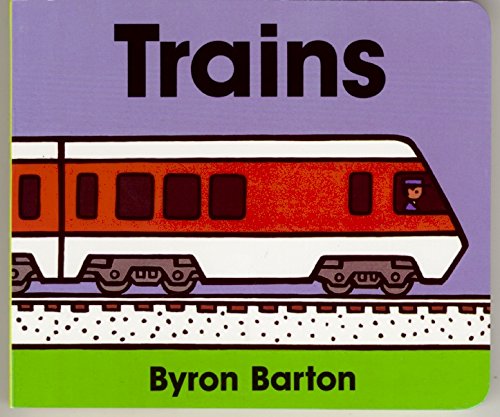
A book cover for Trains Board Book; Byron Barton; Children's Books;